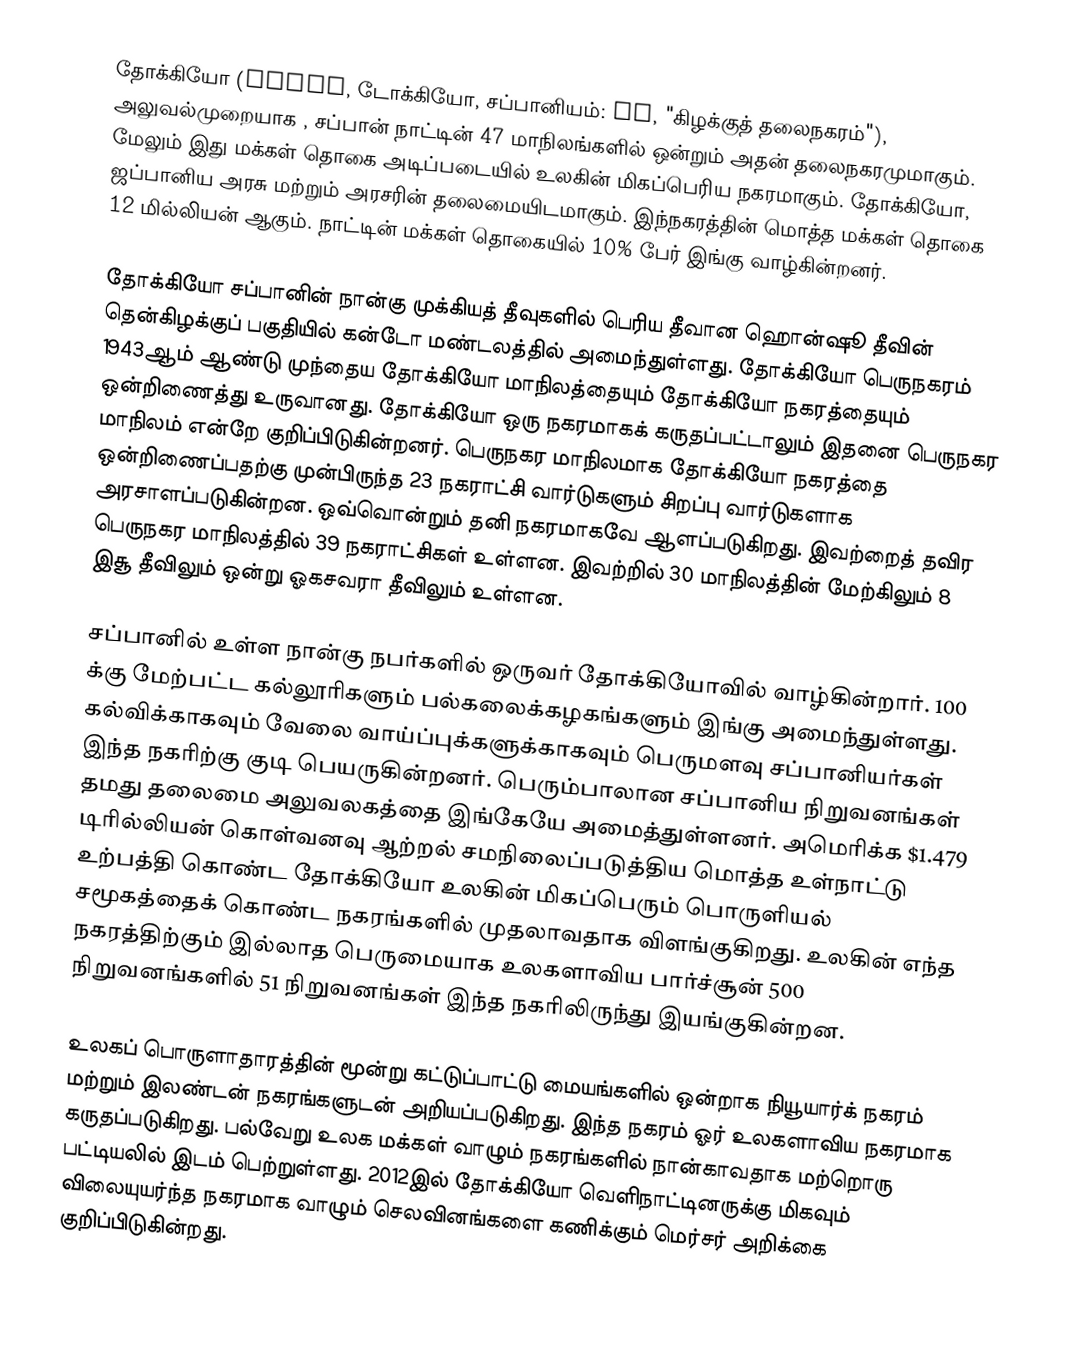
தோக்கியோ (Tokyo, டோக்கியோ, சப்பானியம்: 東京, "கிழக்குத் தலைநகரம்"), அலுவல்முறையாக , சப்பான் நாட்டின் 47 மாநிலங்களில் ஒன்றும் அதன் தலைநகரமுமாகும். மேலும் இது மக்கள் தொகை அடிப்படையில் உலகின் மிகப்பெரிய நகரமாகும். தோக்கியோ, ஜப்பானிய அரசு மற்றும் அரசரின் தலைமையிடமாகும். இந்நகரத்தின் மொத்த மக்கள் தொகை 12 மில்லியன் ஆகும். நாட்டின் மக்கள் தொகையில் 10% பேர் இங்கு வாழ்கின்றனர்.

தோக்கியோ சப்பானின் நான்கு முக்கியத் தீவுகளில்  பெரிய தீவான ஹொன்ஷூ தீவின்  தென்கிழக்குப் பகுதியில் கன்டோ மண்டலத்தில் அமைந்துள்ளது. தோக்கியோ பெருநகரம் 1943ஆம் ஆண்டு முந்தைய தோக்கியோ மாநிலத்தையும் தோக்கியோ நகரத்தையும் ஒன்றிணைத்து உருவானது.  தோக்கியோ ஒரு நகரமாகக் கருதப்பட்டாலும் இதனை பெருநகர மாநிலம் என்றே குறிப்பிடுகின்றனர். பெருநகர மாநிலமாக தோக்கியோ நகரத்தை ஒன்றிணைப்பதற்கு முன்பிருந்த 23 நகராட்சி வார்டுகளும் சிறப்பு வார்டுகளாக அரசாளப்படுகின்றன. ஒவ்வொன்றும் தனி நகரமாகவே ஆளப்படுகிறது. இவற்றைத் தவிர பெருநகர மாநிலத்தில் 39 நகராட்சிகள் உள்ளன. இவற்றில் 30 மாநிலத்தின் மேற்கிலும் 8 இசூ தீவிலும் ஒன்று ஓகசவரா தீவிலும் உள்ளன.

சப்பானில் உள்ள நான்கு நபர்களில் ஒருவர் தோக்கியோவில் வாழ்கின்றார். 100 க்கு மேற்பட்ட கல்லூரிகளும் பல்கலைக்கழகங்களும் இங்கு அமைந்துள்ளது. கல்விக்காகவும் வேலை வாய்ப்புக்களுக்காகவும் பெருமளவு சப்பானியர்கள் இந்த நகரிற்கு குடி பெயருகின்றனர். பெரும்பாலான சப்பானிய நிறுவனங்கள் தமது தலைமை அலுவலகத்தை இங்கேயே அமைத்துள்ளனர். அமெரிக்க $1.479 டிரில்லியன் கொள்வனவு ஆற்றல் சமநிலைப்படுத்திய மொத்த உள்நாட்டு உற்பத்தி கொண்ட தோக்கியோ உலகின் மிகப்பெரும் பொருளியல் சமூகத்தைக் கொண்ட நகரங்களில் முதலாவதாக விளங்குகிறது.  உலகின் எந்த நகரத்திற்கும் இல்லாத பெருமையாக உலகளாவிய பார்ச்சூன் 500 நிறுவனங்களில் 51 நிறுவனங்கள்  இந்த நகரிலிருந்து இயங்குகின்றன.

உலகப் பொருளாதாரத்தின் மூன்று கட்டுப்பாட்டு மையங்களில் ஒன்றாக நியூயார்க் நகரம் மற்றும் இலண்டன் நகரங்களுடன் அறியப்படுகிறது. இந்த நகரம் ஓர் உலகளாவிய நகரமாக கருதப்படுகிறது. பல்வேறு உலக மக்கள் வாழும் நகரங்களில் நான்காவதாக மற்றொரு பட்டியலில் இடம் பெற்றுள்ளது. 2012இல் தோக்கியோ வெளிநாட்டினருக்கு மிகவும் விலையுயர்ந்த நகரமாக வாழும் செலவினங்களை கணிக்கும் மெர்சர் அறிக்கை குறிப்பிடுகின்றது.